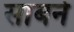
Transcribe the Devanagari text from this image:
साबने